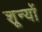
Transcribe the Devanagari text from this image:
शून्यों